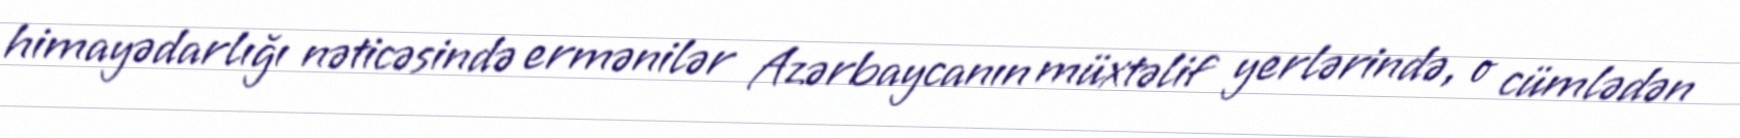
himayədarlığı nəticəsində ermənilər Azərbaycanın müxtəlif yerlərində, o cümlədən